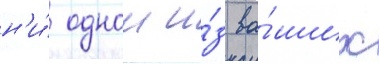
н'и́ однои и́з ва́ших